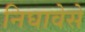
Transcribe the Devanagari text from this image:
निघावेसे